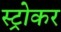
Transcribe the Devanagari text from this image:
स्ट्रोकर